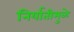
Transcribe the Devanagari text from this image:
निर्यातीमुळे